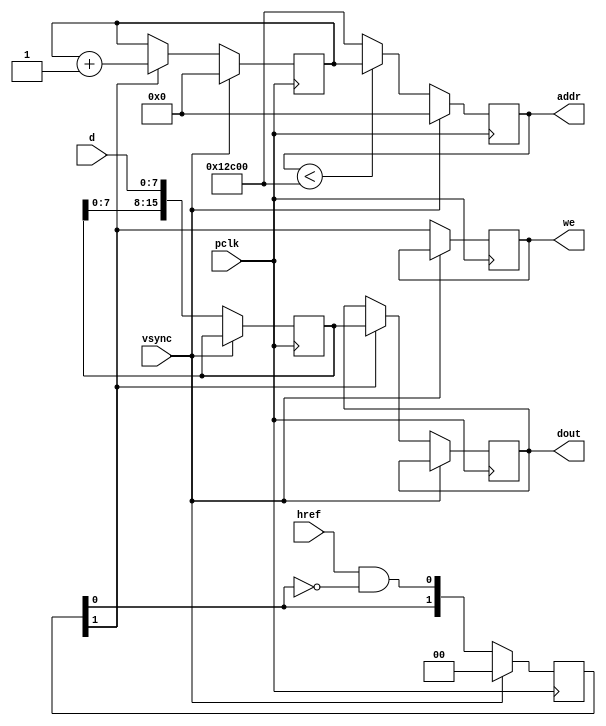
module ov7670_capture(
input pclk,
input vsync,
input href,
input[7:0] d,
output[16:0] addr,
output reg[15:0] dout,
output reg we
    );
    reg [15:0] d_latch;
    reg [16:0] address;
    reg [16:0] address_next;  
     reg [1:0] wr_hold;    
     reg [1:0] cnt;
  initial d_latch = 16'b0;
   initial address = 19'b0;
   initial address_next = 19'b0;
    initial wr_hold = 2'b0;   
    initial cnt = 2'b0;        
assign addr =    address;

always@(posedge pclk)begin 
 if( vsync ==1) begin
           address <=17'b0;
           address_next <= 17'b0;
           wr_hold <=  2'b0;
           cnt <=  2'b0;
           end
        else begin
           if(address<76800)  // Check if at end of frame buffer
             address <= address_next;
           else
             address <= 76800;
	   // Get 1 byte from camera each cycle.  Have to get two bytes to form a pixel.
	   // wr_hold is used to generate the write enable every other cycle.
	   // No changes until href = 1 indicating valid data
           we      <= wr_hold[1];  // Set to 1 one cycle after dout is updated
           wr_hold <= {wr_hold[0] , (href &&( ! wr_hold[0])) };
           d_latch <= {d_latch[7:0] , d};

           if (wr_hold[1] ==1 )begin  // increment write address and output new pixel
              address_next <=address_next+1;
              dout[15:0]  <= {d_latch[15:11] , d_latch[10:5] , d_latch[4:0] };
           end

        end;
 end

endmodule